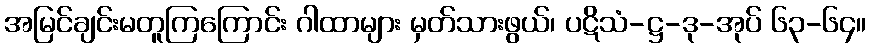
အမြင်ချင်းမတူကြကြောင်း ဂါထာများ မှတ်သားဖွယ်၊ ပဋိသံ-ဋ္ဌ-ဒု-အုပ် ၆၃-၆၄။